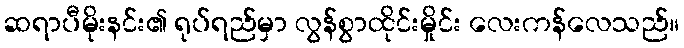
ဆရာပီမိုးနင်း၏ ရုပ်ရည်မှာ လွန်စွာထိုင်းမှိုင်း လေးကန်လေသည်။